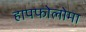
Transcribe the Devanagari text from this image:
हापफोलोमा